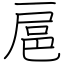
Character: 扈